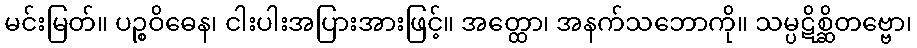
မင်းမြတ်။ ပဉ္စဝိဓေန၊ ငါးပါးအပြားအားဖြင့်။ အတ္ထော၊ အနက်သဘောကို။ သမ္ပဋိစ္ဆိတဗ္ဗော၊